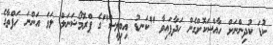
ކުޑަ ކުދިންނަށް ހާއްސަކޮށްގެން ހަދާފައިވާ "ކަނޑު އިބިލީސް"ގެ ޕްރޮމޯޝަނަލް ލަވަ އަންނަ ހަފްތާގެ